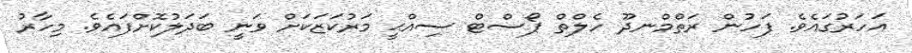
އަހަރުގައެވެ. ފަހުން ރަތްމްނދޫ ހެލްތް ޕޯސްޓް ސިއްޙީ މަރުކަޒަކަށް ވަނީ ބަދަލުކޮށްފައެވެ. މިހާރު